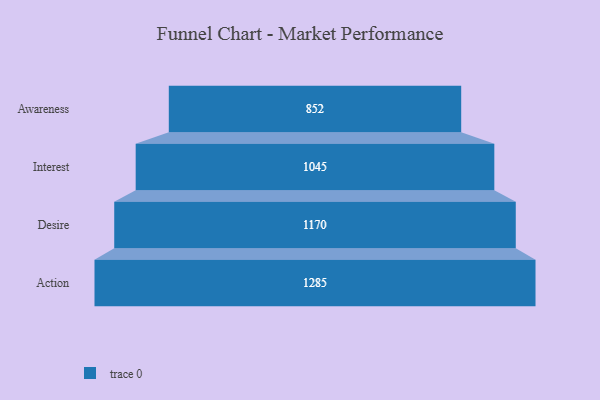
{"axis": {"x": "Stage", "y": "Value"}, "legend": [""], "data": [{"x": "Awareness", "y": 852.0, "type": ""}, {"x": "Interest", "y": 1045.0, "type": ""}, {"x": "Desire", "y": 1170.0, "type": ""}, {"x": "Action", "y": 1285.0, "type": ""}]}